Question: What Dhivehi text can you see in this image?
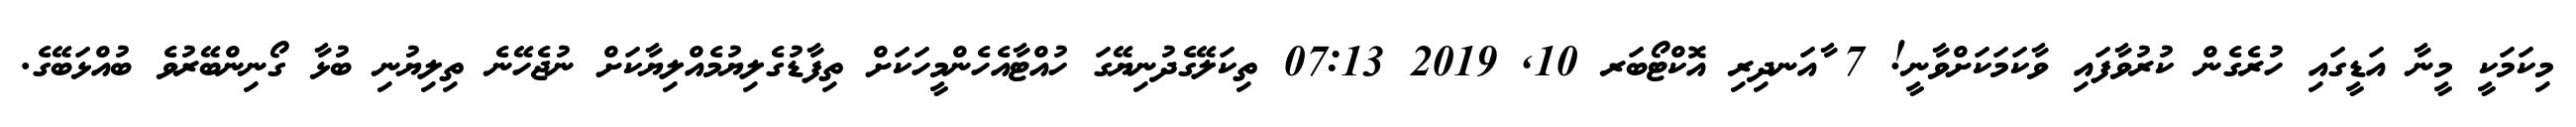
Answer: މިކަމަކީ މީނާ އަޑީގައި ހުރެގެން ކުރުވާފައި ވާކަމަކަށްވާނީ! 7 ާއަނދިރި އޮކްޓޯބަރ 10, 2019 07:13 ތިކަލޭގެދުނިޔޭގަ ހުއްޓާއެހެންމީހަކަށް ތިފާޑުގެލިޔުމެއްލިޔާކަށް ނުޖެހޭނެ ތިލިޔުނި ބުޅާ ގޯނިންބޭރުވެ ބުއްޅަބޭގެ.